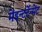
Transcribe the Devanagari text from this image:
मेंइन्टर्टेन्मेंट